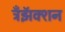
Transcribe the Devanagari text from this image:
ट्रँझॅक्शन